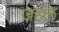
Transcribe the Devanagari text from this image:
जहल